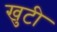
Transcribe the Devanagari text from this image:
खुटी